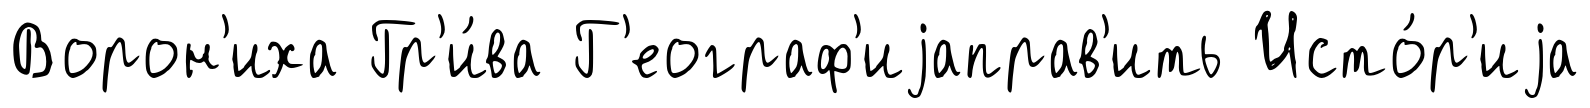
Ворон'иха Гр'и́ва Г'еограф'иjаправ'ить Исто́р'иjа